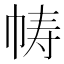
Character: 帱